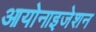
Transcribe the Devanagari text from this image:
आयोनाइजेशन